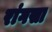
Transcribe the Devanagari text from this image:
रांगसा